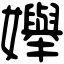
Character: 𡤒